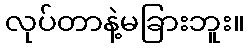
လုပ်တာနဲ့မခြားဘူး။